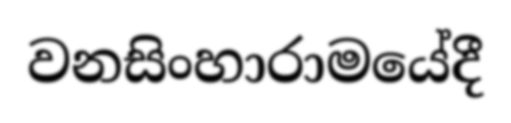
වනසිංහාරාමයේදී